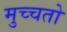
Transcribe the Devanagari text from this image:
मुच्चतो